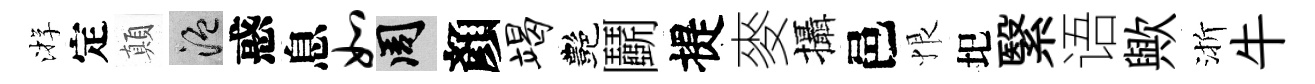
㳺定顛温惑息如周顏竭艷鬬提麥攝邑恨圯繄语歟渐牛